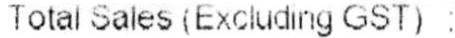
TOTAL SALES (EXCLUDING GST) :